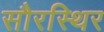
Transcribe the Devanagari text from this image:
सौरस्थिर